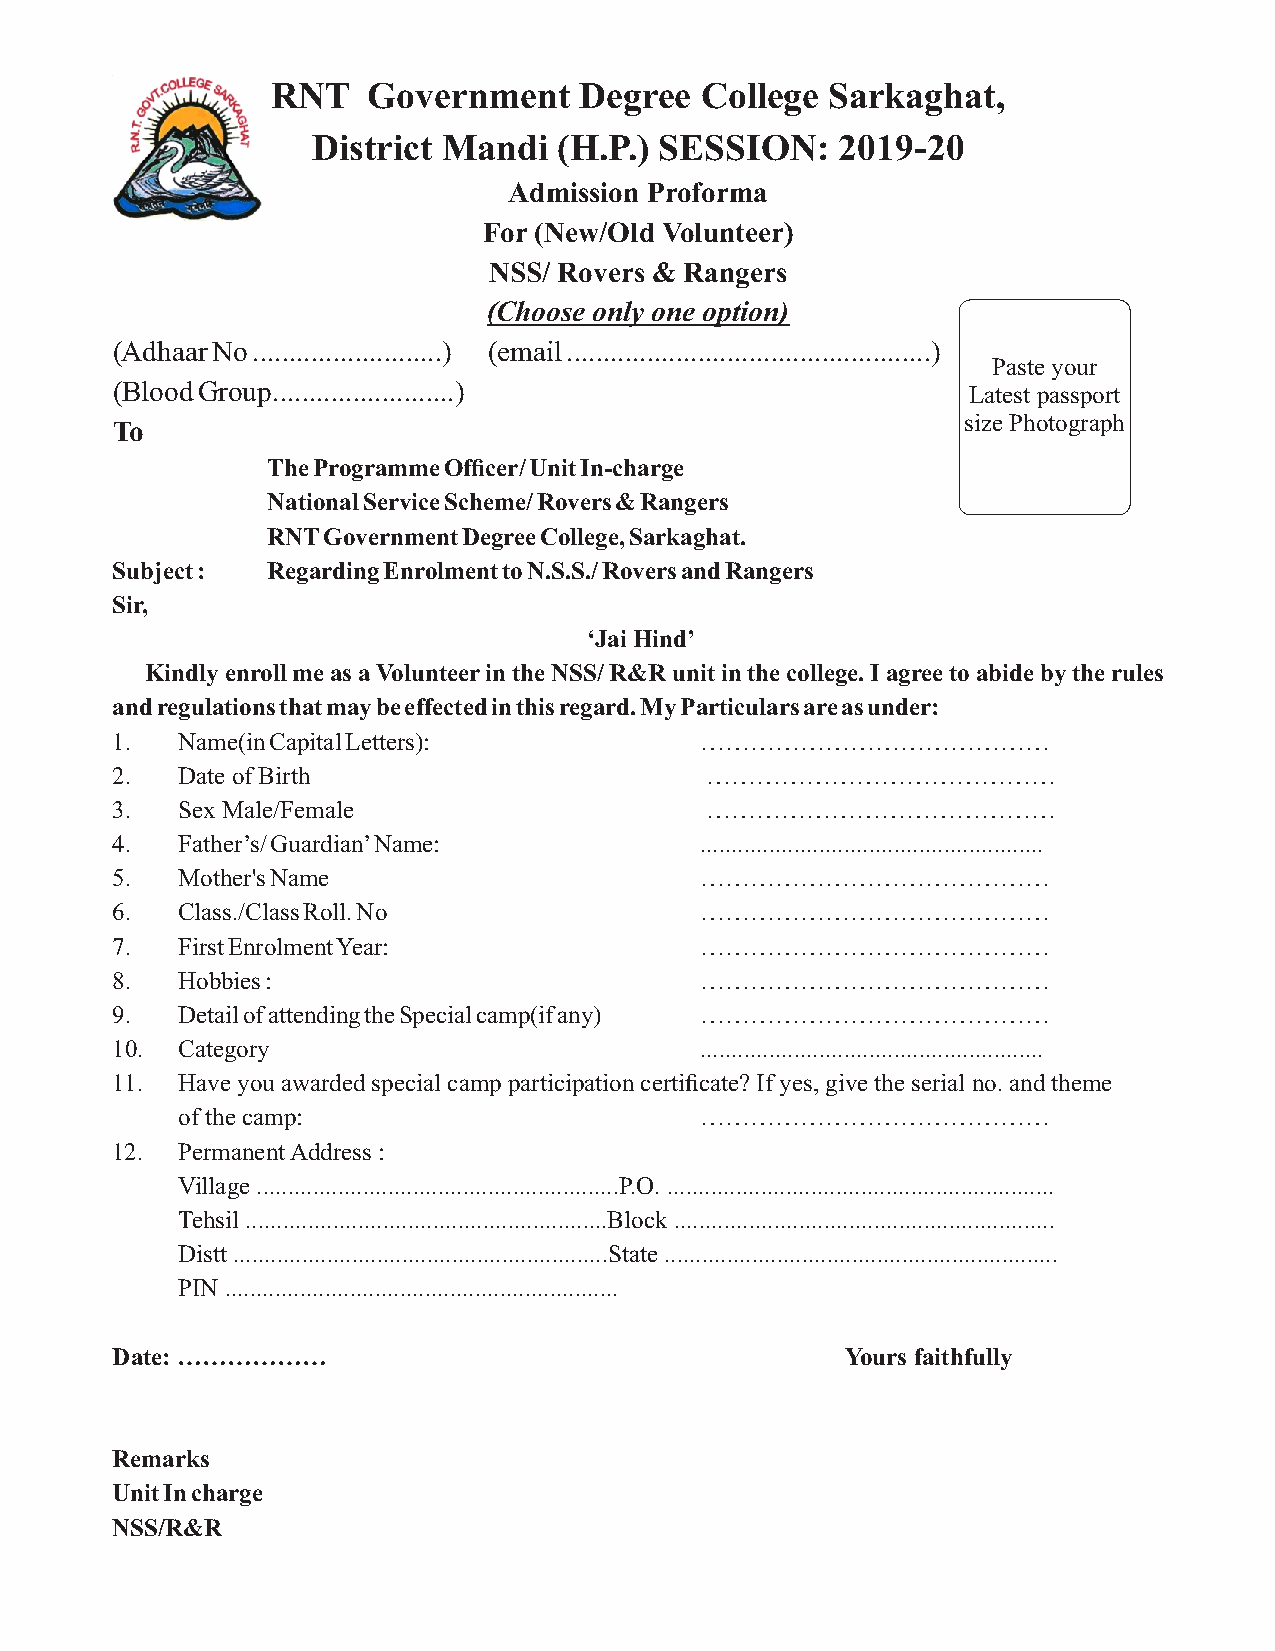
RNT   Government    Degree  College  Sarkaghat,
 District Mandi  (H.P.) SESSION:    2019-20
 Admission Proforma
 For (New/Old Volunteer)
 NSS/ Rovers & Rangers
 (Choose only one option)
 (Adhaar No ..........................) (email ..................................................)
 Paste your
 (Blood Group.........................)                   Latest passport
 size Photograph
 To
 The Programme Officer/ Unit In-charge
 National Service Scheme/ Rovers & Rangers
 RNT Government Degree College, Sarkaghat.
 Subject :  Regarding Enrolment to N.S.S./ Rovers and Rangers
 Sir,
 ‘Jai Hind’
 Kindly enroll me as a Volunteer in the NSS/ R&R unit in the college. I agree to abide by the rules
 and regulations that may be effected in this regard. My Particulars are as under:
 1.   Name(in Capital Letters):         ……………………………………
 2.   Date of Birth                      ……………………………………
 3.   Sex Male/Female                    ……………………………………
 4.   Father’s/ Guardian’ Name:         .......................................................
 5.   Mother's Name                     ……………………………………
 6.   Class./Class Roll. No             ……………………………………
 7.   First Enrolment Year:             ……………………………………
 8.   Hobbies :                         ……………………………………
 9.   Detail of attending the Special camp(if any) ……………………………………
 10.  Category                          .......................................................
 11.  Have you awarded special camp participation certificate? If yes, give the serial no. and theme
 of the camp:                      ……………………………………
 12.  Permanent Address :
 Village ..........................................................P.O. ..............................................................
 Tehsil ..........................................................Block .............................................................
 Distt ............................................................State ...............................................................
 PIN ...............................................................
 Date: ………………                                     Yours faithfully
 Remarks
 Unit In charge
 NSS/R&R